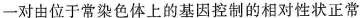
一对由位于常染色体上的基因控制的相对性状正常